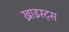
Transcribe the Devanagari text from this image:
ख्राइस्ट्स